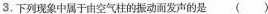
3.下列现象中属于由空气柱的振动而发声的是 （ ）